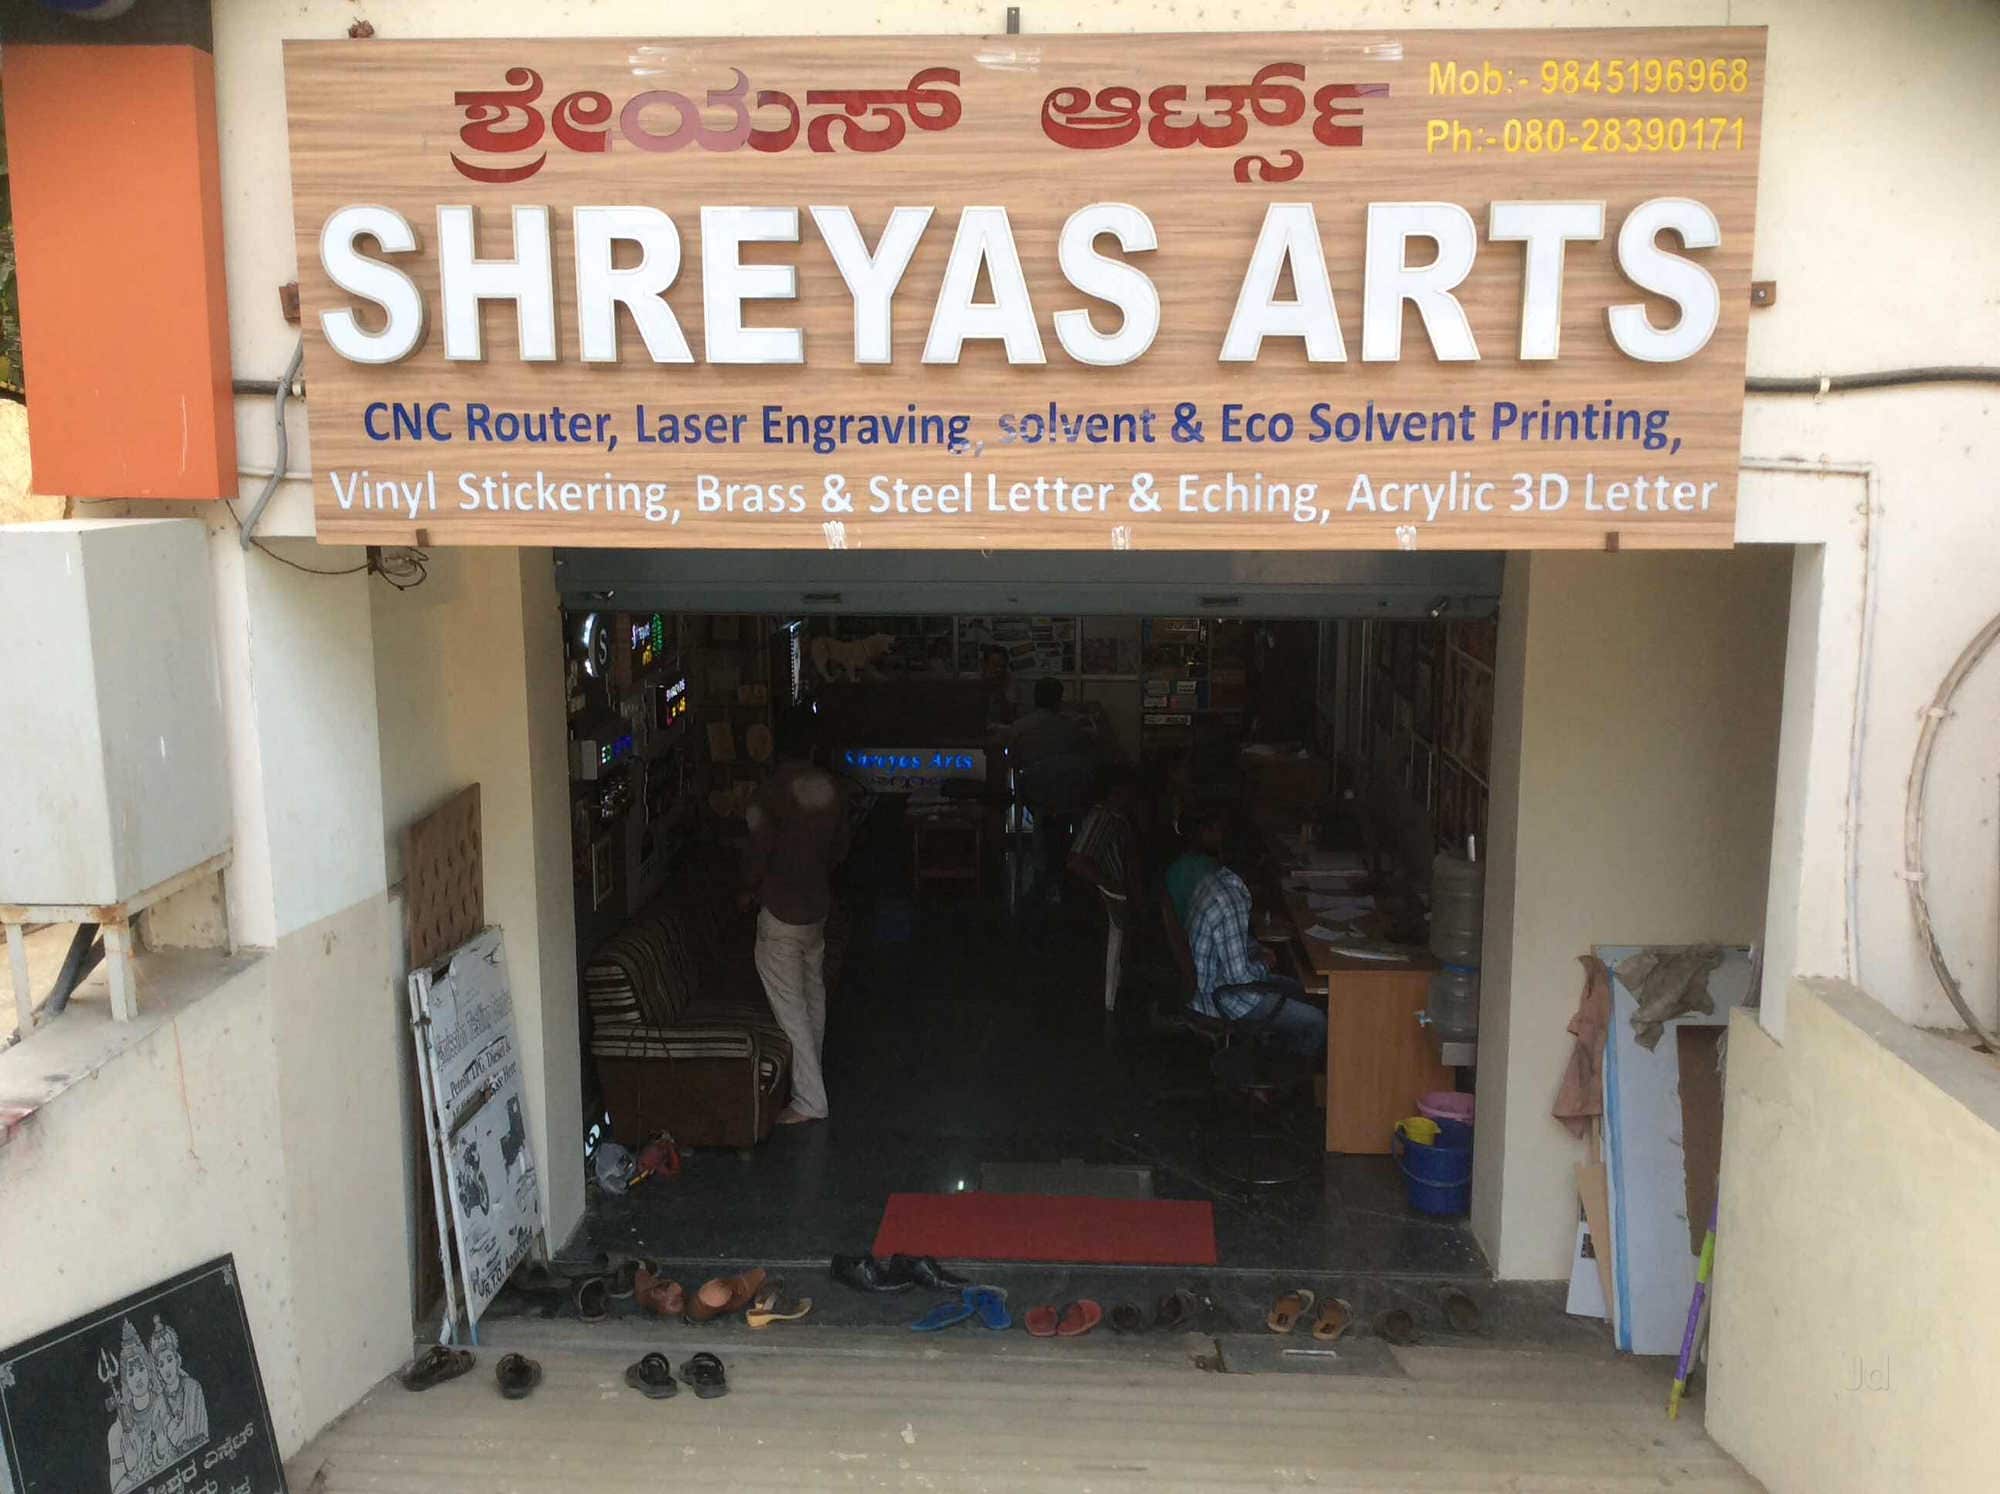
Language: kannada
Transcription: ಶ್ರೇಯಸ್ ಆರ್ಟ್ಸ್